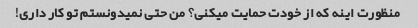
منظورت اینه که از خودت حمایت میکنی؟ من حتی نمیدونستم تو کار داری!